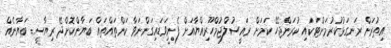
އިތުރަށް ރަނގަޅުކުރުމަށްޓަކައި ކުރަންޖެހޭ ކަަމަށް ރައީސުލްޖުމްހޫރިއްޔާއަށް ފެނިވަޑައިގަންނަވާ ކަންތައްތައް ބަޔާންކޮށްދޭ ރިޔާސީ ބަޔާނެއް